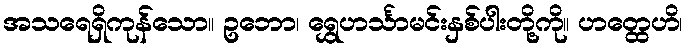
အသရေရှိကုန်သော။ ဥဘော၊ ရွှေဟင်္သာမင်းနှစ်ပါးတို့ကို။ ဟတ္ထေဟိ၊